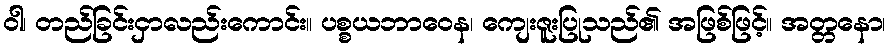
ဝါ၊ တည်ခြင်းငှာလည်းကောင်း။ ပစ္စယဘာဝေန၊ ကျေးဇူးပြုသည်၏ အဖြစ်ဖြင့်။ အတ္တနော၊